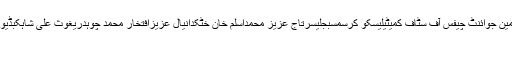
مشاہد حسین سیّدپولیسبھارتطارق بشیروحیدہ شاہچیئرمین جوائنٹ چیفس آف سٹاف کمیٹیلیسکو کرسمسبجلیسرتاج عزیز محمداسلم خان خٹکدانیال عزیزافتخار محمد چوہدریغوث علی شاہکبڈیواپڈابرفباری فاروق احمد لغاریلانگ مارچاختر مینگل
کوئٹہ(اُردو پوائنٹ اخبارتازہ ترین۔